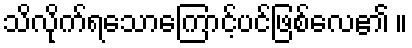
သိလိုက်ရသောကြောင့်ပင်ဖြစ်လေ၏ ။